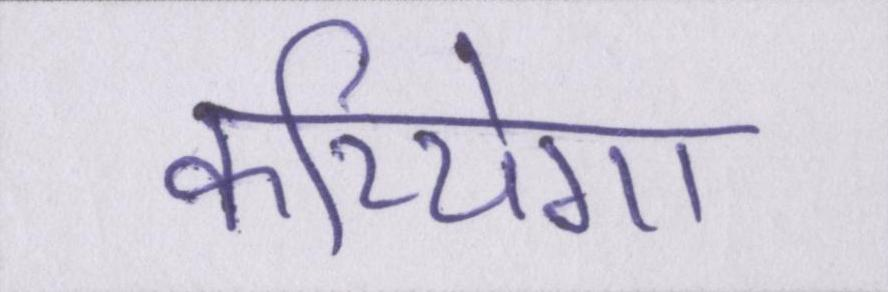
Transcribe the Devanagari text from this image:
करियेगा